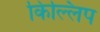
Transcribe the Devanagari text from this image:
किल्लिप